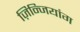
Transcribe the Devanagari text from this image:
ज़िन्जियांग